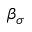
\beta _ { \sigma }